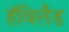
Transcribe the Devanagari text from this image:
हॅविलँड